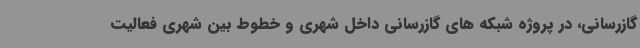
گازرسانی، در پروژه شبکه های گازرسانی داخل شهری و خطوط بین شهری فعالیت